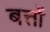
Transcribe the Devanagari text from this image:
बत्तों